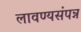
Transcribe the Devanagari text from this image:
लावण्यसंपन्न